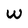
Character: w